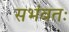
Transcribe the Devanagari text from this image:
सभंवतः